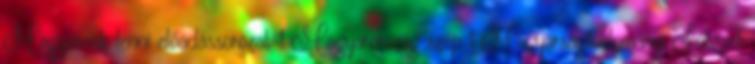
Magyarnak lenni előadássorozat 1 Magyarország szép 1 Magyarságtudományi Intézet